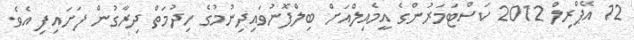
12 އޭޕްރިލް 2012 ކަސްޓަމަރުންގެ އީމެއިލްއަށް ބިލްފޮނުވައިދިނުމުގެ ހިދުމަތް ދިރާގުން ފަށައިފި އެވެ.